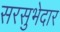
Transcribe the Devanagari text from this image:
सरसुभेदार